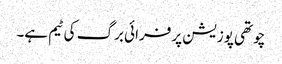
چوتھی پوزیشن پر فرائی برگ کی ٹیم ہے۔